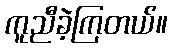
ကူညီခဲ့ကြတယ်။